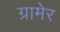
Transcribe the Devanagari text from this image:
ग्रामेर